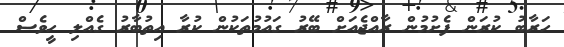
ހަރާބު ކުރަން ފެށުމުން ރާއްޖެއަށް ބޭރު ގައުމުތަކުން ކުރާ އިތުބާރު ގެއްލި ހީވެސް